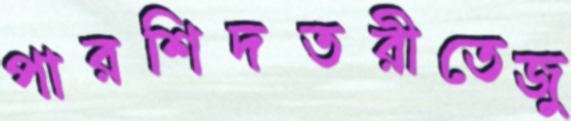
পারশিদতরীতেজু